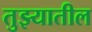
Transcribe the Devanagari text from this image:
तुझ्यातील